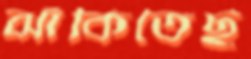
ঝাঁকিতেছ